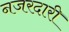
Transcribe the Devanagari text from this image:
नजरदारी